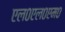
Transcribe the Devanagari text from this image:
एल०एल०एम०